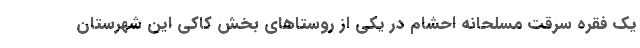
یک فقره سرقت مسلحانه احشام در یکی از روستاهای بخش کاکی این شهرستان